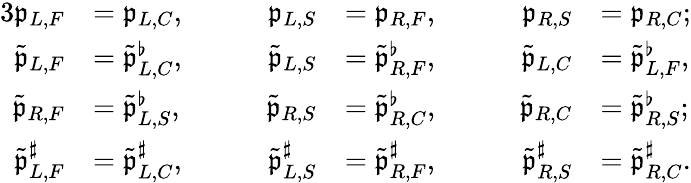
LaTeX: \begin{array}{rlrlrl}{{3}\mathfrak{p}_{L,F}}&{=\mathfrak{p}_{L,C},}&{\qquad\mathfrak{p}_{L,S}}&{=\mathfrak{p}_{R,F},}&{\qquad\mathfrak{p}_{R,S}}&{=\mathfrak{p}_{R,C};}\\ {\tilde{\mathfrak{p}}_{L,F}}&{=\tilde{\mathfrak{p}}_{L,C}^{\flat},}&{\qquad\tilde{\mathfrak{p}}_{L,S}}&{=\tilde{\mathfrak{p}}_{R,F}^{\flat},}&{\qquad\tilde{\mathfrak{p}}_{L,C}}&{=\tilde{\mathfrak{p}}_{L,F}^{\flat},}\\ {\tilde{\mathfrak{p}}_{R,F}}&{=\tilde{\mathfrak{p}}_{L,S}^{\flat},}&{\qquad\tilde{\mathfrak{p}}_{R,S}}&{=\tilde{\mathfrak{p}}_{R,C}^{\flat},}&{\qquad\tilde{\mathfrak{p}}_{R,C}}&{=\tilde{\mathfrak{p}}_{R,S}^{\flat};}\\ {\tilde{\mathfrak{p}}_{L,F}^{\sharp}}&{=\tilde{\mathfrak{p}}_{L,C}^{\sharp},}&{\qquad\tilde{\mathfrak{p}}_{L,S}^{\sharp}}&{=\tilde{\mathfrak{p}}_{R,F}^{\sharp},}&{\qquad\tilde{\mathfrak{p}}_{R,S}^{\sharp}}&{=\tilde{\mathfrak{p}}_{R,C}^{\sharp}.}\end{array}